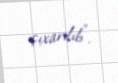
çıxarılıb".